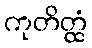
ကုတိတ္ထံ